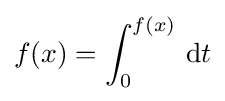
f(x)=\int _{0}^{f(x)}\,\mathrm {d} t